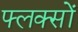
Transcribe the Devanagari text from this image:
फ्लक्सों